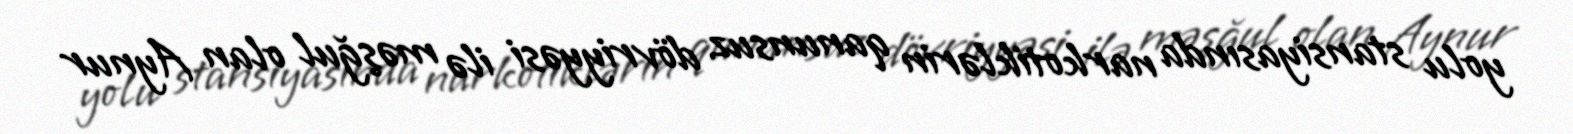
yolu stansiyasında narkotiklərin qanunsuz dövriyyəsi ilə məşğul olan Aynur